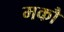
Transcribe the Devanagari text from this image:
मकौ